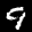
Label: 9